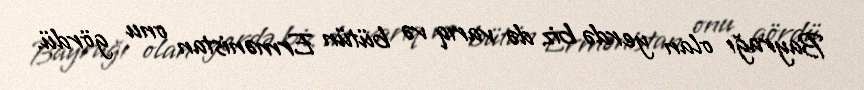
Bayrağı olan yerdə biz də varıq və bütün Ermənistan onu gördü.